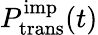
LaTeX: P_{\mathrm{trans}}^{\mathrm{imp}}(t)